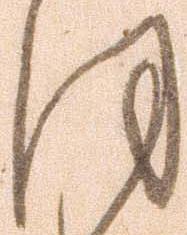
ほ